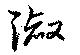
淑